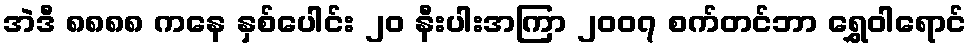
အဲဒီ ၈၈၈၈ ကနေ နှစ်ပေါင်း ၂၀ နီးပါးအကြာ ၂၀၀၇ စက်တင်ဘာ ရွှေဝါရောင်